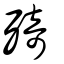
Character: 㱦